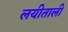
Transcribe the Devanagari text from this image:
लयीताली